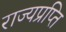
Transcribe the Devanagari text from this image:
राज्यप्रप्ति